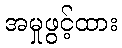
အမှုဖွင့်ထား